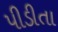
પીડીતા